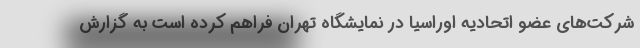
شرکت‌های عضو اتحادیه اوراسیا در نمایشگاه تهران فراهم کرده است به گزارش